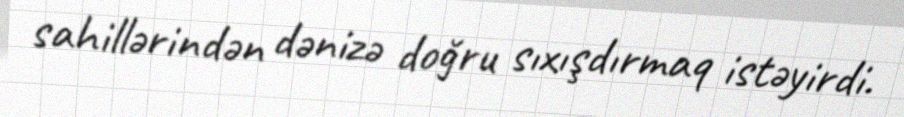
sahillərindən dənizə doğru sıxışdırmaq istəyirdi.